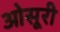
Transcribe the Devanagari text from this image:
ओसूरी